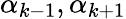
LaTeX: \alpha_{k-1},\alpha_{k+1}